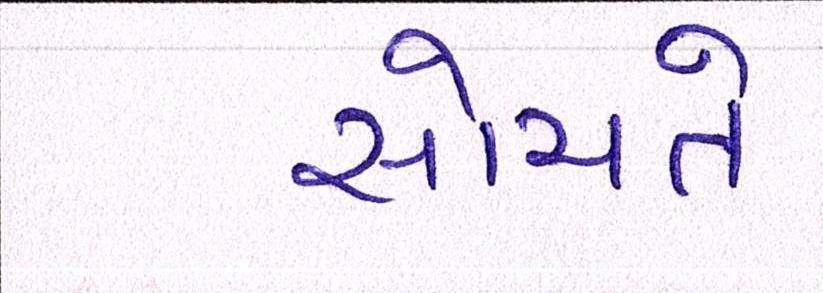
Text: સોચતે